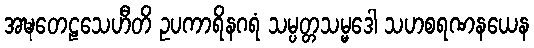
အဍ္ဎတေဠသေဟီတိ ဥပကာရိနဂရံ သမ္ပတ္တသမ္မဒေါ သဟစရဏနယေန